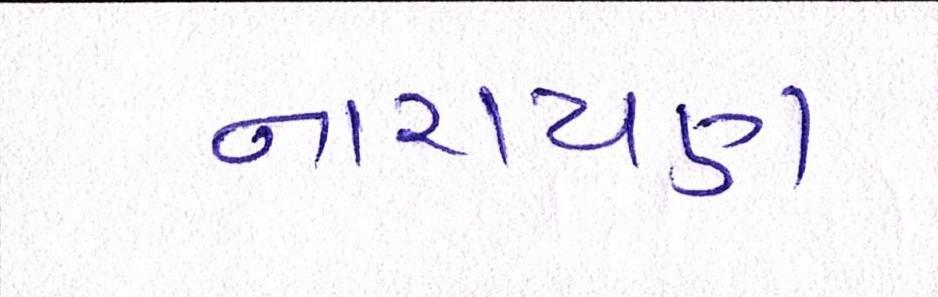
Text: નારાયણ